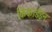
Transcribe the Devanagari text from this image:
किंकार्डइन